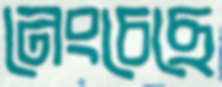
নেংচেছে